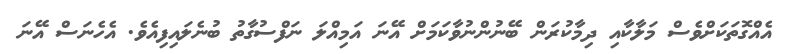
އެއްގޮތަކަށްވެސް މަލާކާއި ދިމާކުރަން ބޭނުންނުވާކަމަށް އޭނަ އަމިއްލަ ނަފްސުގާތު ބުނެލައިފިއެވެ. އެހެނަސް އޭނަ